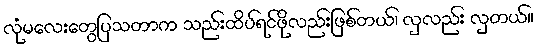
လုံမလေးတွေပြသတာက သည်းထိပ်ရင်ဖိုလည်းဖြစ်တယ်၊ လှလည်း လှတယ်။